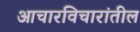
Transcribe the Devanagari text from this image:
आचारविचारांतील